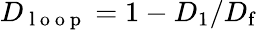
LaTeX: D_{\mathrm{~l~o~o~p~}}=1-D_{1}/D_{\mathrm{f}}